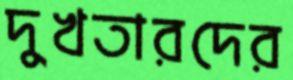
দুখতারদের